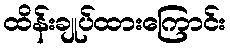
ထိန်းချုပ်ထားကြောင်း